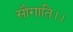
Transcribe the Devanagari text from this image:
सौगाति।।